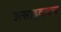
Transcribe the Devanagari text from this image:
उत्साहवाक्य